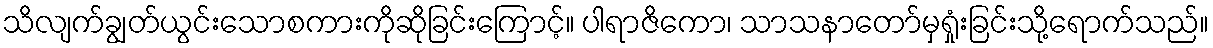
သိလျက်ချွတ်ယွင်းသောစကားကိုဆိုခြင်းကြောင့်။ ပါရာဇိကော၊ သာသနာတော်မှရှုံးခြင်းသို့ရောက်သည်။